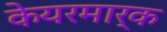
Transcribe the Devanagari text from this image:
केयरमार्क